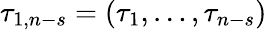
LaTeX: \tau_{1,n-s}=(\tau_{1},\dots,\tau_{n-s})